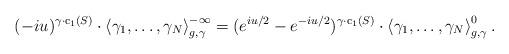
LaTeX: \begin{align*} (-iu)^{\gamma\cdot \mathrm c_1(S)} \cdot \left\langle \gamma_1, \dots , \gamma_N \right\rangle^{- \infty}_{g, \gamma}=(e^{iu/2}-e^{-iu/2})^{\gamma \cdot \mathrm c_1(S)}\cdot \left\langle \gamma_1, \dots, \gamma_N \right\rangle^{0}_{g, \gamma}.\end{align*}